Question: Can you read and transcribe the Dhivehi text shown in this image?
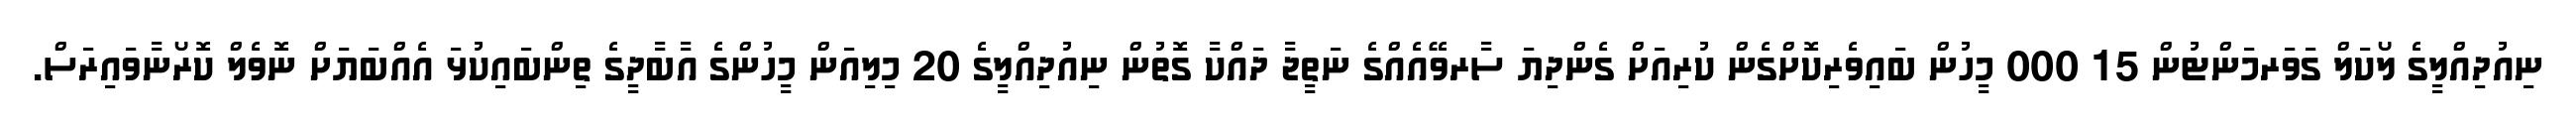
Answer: ނިއުދިއްލީގެ ލޯކަލް ގަވަރމަންޓުން 15 000 މީހުން ބައިވެރިކޮށްގެން ކުރިއަށް ގެންދިޔަ ސާރވޭއެއްގެ ނަތީޖާ ދައްކާ ގޮތުން ނިއުދިއްލީގެ 20 މިލިއަން މީހުންގެ އާބާދީގެ ތިންބައިކުޅަ އެއްބަޔަށް ނޮވެލް ކޮރޯނާވައިރަސް.